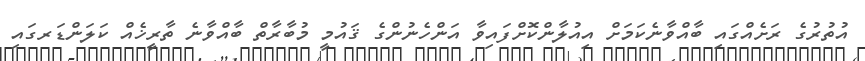
އުތުރުގެ ރަށެއްގައި ބާއްވާނެކަމަށް އިއުލާންކޮށްފައިވާ އަންހެނުންގެ ޤައުމީ މުބާރާތް ބާއްވާނެ ތާރީޚެއް ކަލަންޑަރގައި